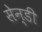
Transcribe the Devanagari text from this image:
सेन्डी